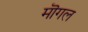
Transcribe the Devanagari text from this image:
मॊगल